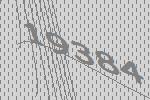
19384